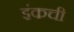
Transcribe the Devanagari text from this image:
इंकची